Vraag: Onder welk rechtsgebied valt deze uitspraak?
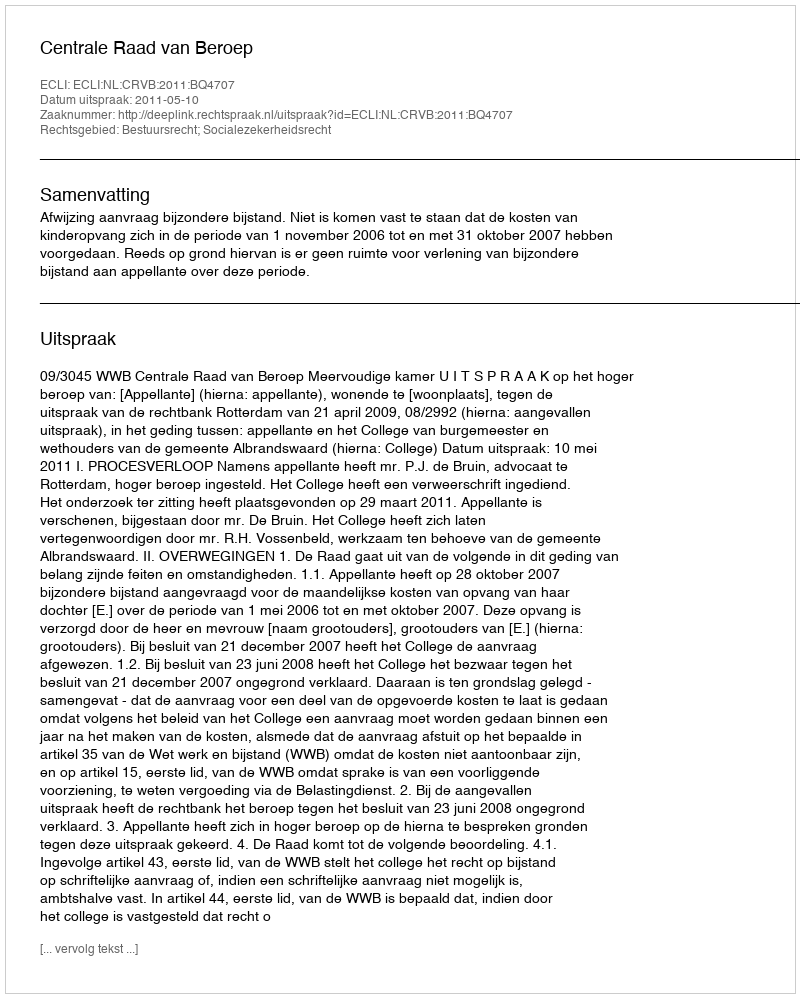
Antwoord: Bestuursrecht; Socialezekerheidsrecht